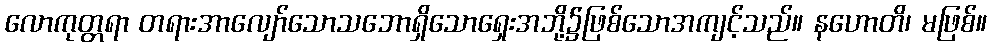
လောကုတ္တရာ တရားအာလျော်သောသဘောရှိသောရှေးအဘို့၌ဖြစ်သောအကျင့်သည်။ နဟောတိ၊ မဖြစ်။